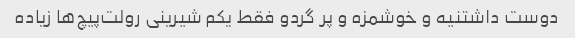
دوست داشتنیه و خوشمزه و پر گردو فقط یکم شیرینی رولت‌پیچ‌ها زیاده